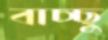
বাচ্ছু